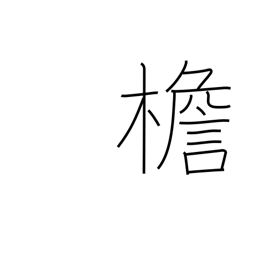
Meaning: eaves